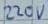
Text: 220V